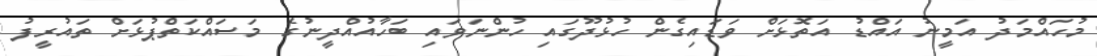
މުހައްމަދު އަމީނު އައްޑު އަތޮޅަށް ވަޑައިގެން ހުޅުދޫގައި ހުންނަވައި ބަހާއުއްދީނުގެ މަސައްކަތްޕުޅަށް ތައުރީފު